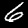
Label: 6